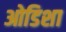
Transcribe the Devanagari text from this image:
ओडिशा